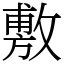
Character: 敷